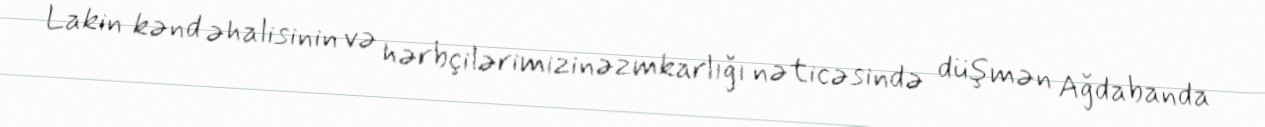
Lakin kənd əhalisinin və hərbçilərimizinəzmkarlığı nəticəsində düşmən Ağdabanda